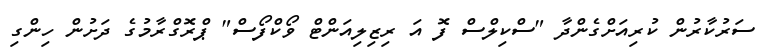
ސަރުކާރުން ކުރިއަށްގެންދާ "ސްކިލްސް ފޮ އަ ރިޒިލިއަންޓް ވޯކްފޯސް" ޕްރޮގްރާމުގެ ދަށުން ހިންގި